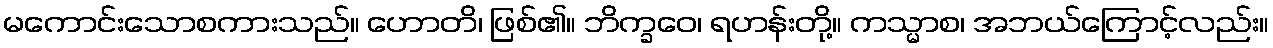
မကောင်းသောစကားသည်။ ဟောတိ၊ ဖြစ်၏။ ဘိက္ခဝေ၊ ရဟန်းတို့။ ကသ္မာစ၊ အဘယ်ကြောင့်လည်း။